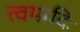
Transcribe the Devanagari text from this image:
त्वमादिः